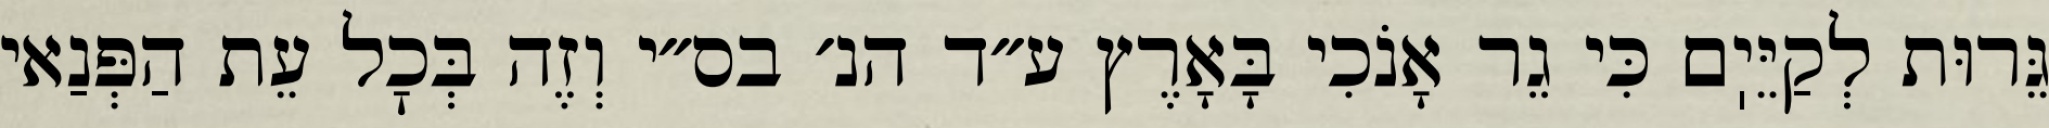
גֵּרוּת לְקַיֵּיֽם כִּי גֵר אָנֹכִי בָּאָרֶץ ע״ד הנ׳ בס״י וְזֶה בְּכׇל עֵת הַפְּנַאי